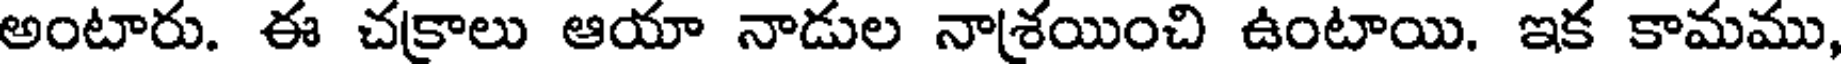
అంటారు. ఈ చకాలు ఆయా నాడుల నాశయించి ఉంటాయి. ఇక కామము,